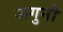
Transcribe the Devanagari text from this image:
अगुनी